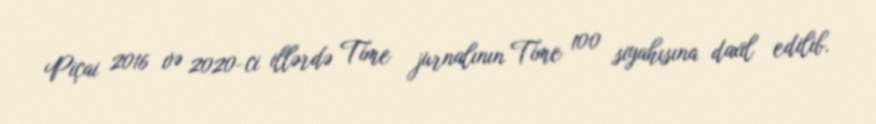
Piçai 2016 və 2020-ci illərdə Time jurnalının Time 100 siyahısına daxil edilib.